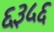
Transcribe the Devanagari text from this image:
६३५६